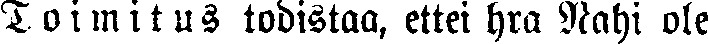
Toimitus todistaa, ettei hra Nahi ole